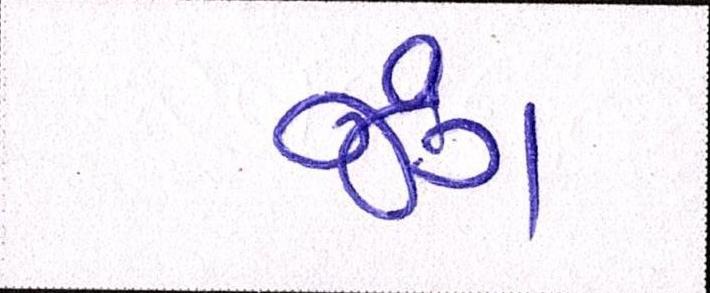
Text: જંગ